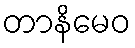
တာနိမေဝ